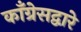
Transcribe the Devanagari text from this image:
काँग्रेसद्वारे